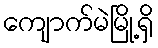
ကျောက်မဲမြို့ရှိ